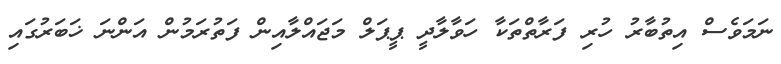
ނަމަވެސް އިތުބާރު ހުރި ފަރާތްތަކާ ހަވާލާދީ ޕީޕަލް މަޖައްލާއިން ފަތުރަމުން އަންނަ ޚަބަރުގައި